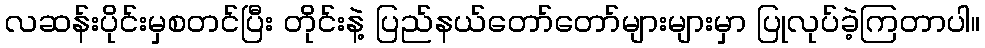
လဆန်းပိုင်းမှစတင်ပြီး တိုင်းနဲ့ ပြည်နယ်တော်တော်များများမှာ ပြုလုပ်ခဲ့ကြတာပါ။